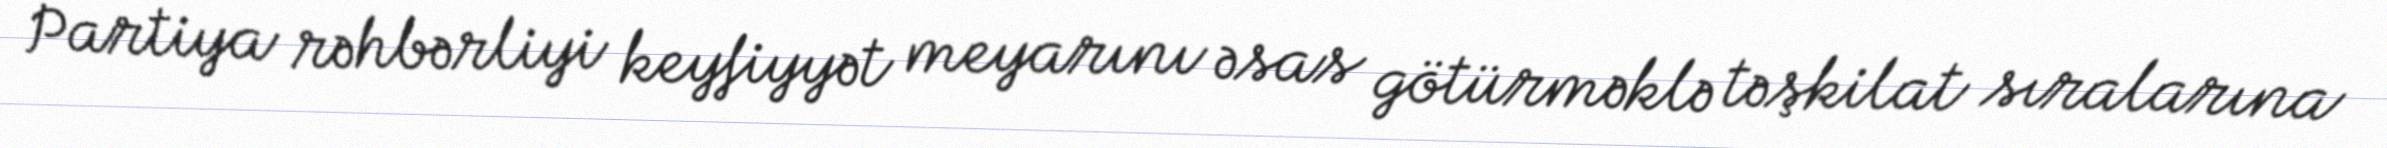
Partiya rəhbərliyi keyfiyyət meyarını əsas götürməklə təşkilat sıralarına